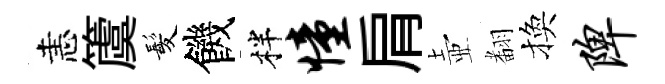
恚𥵂髪饑柈憧肩壺𮋒換陴